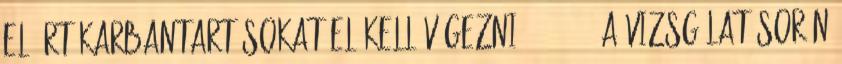
elõírt karbantartásokat el kell végezni, 3.4.3.2. a vizsgálat során